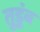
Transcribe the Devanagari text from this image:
तुडूंब